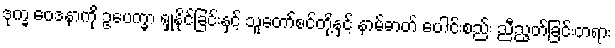
ဒုက္ခ ဝေဒနာကို ဥပေက္ခာ ရှုနိုင်ခြင်းနှင့် သူတော်စင်တို့နှင့် နာမ်ဓာတ် ပေါင်းစည်း ညီညွတ်ခြင်းတရား